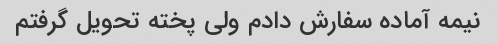
نیمه آماده سفارش دادم ولی پخته تحویل گرفتم